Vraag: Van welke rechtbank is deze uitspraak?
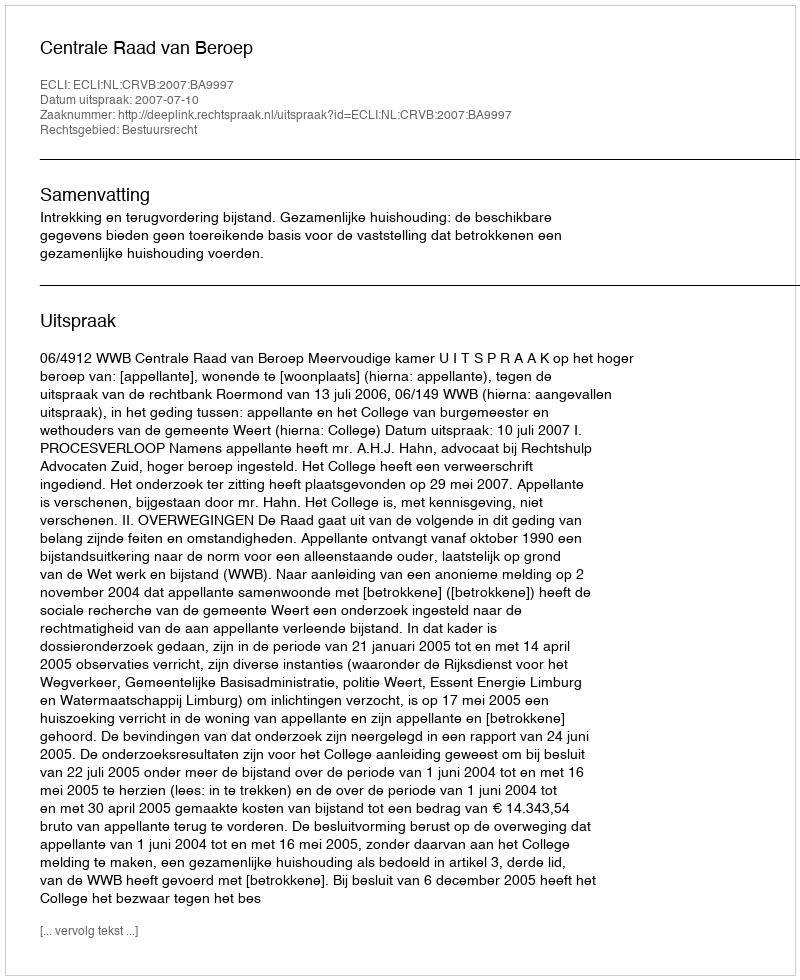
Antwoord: Centrale Raad van Beroep